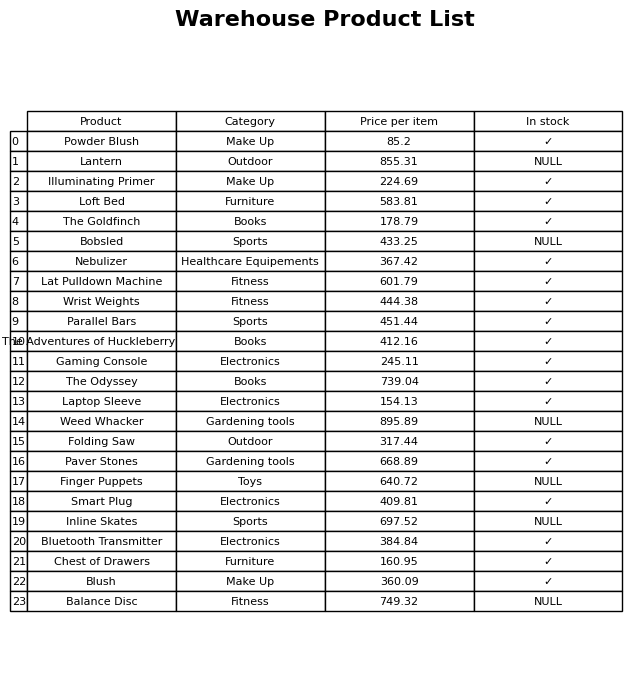
question: Is the Nebulizer in stock?
answer: ✓